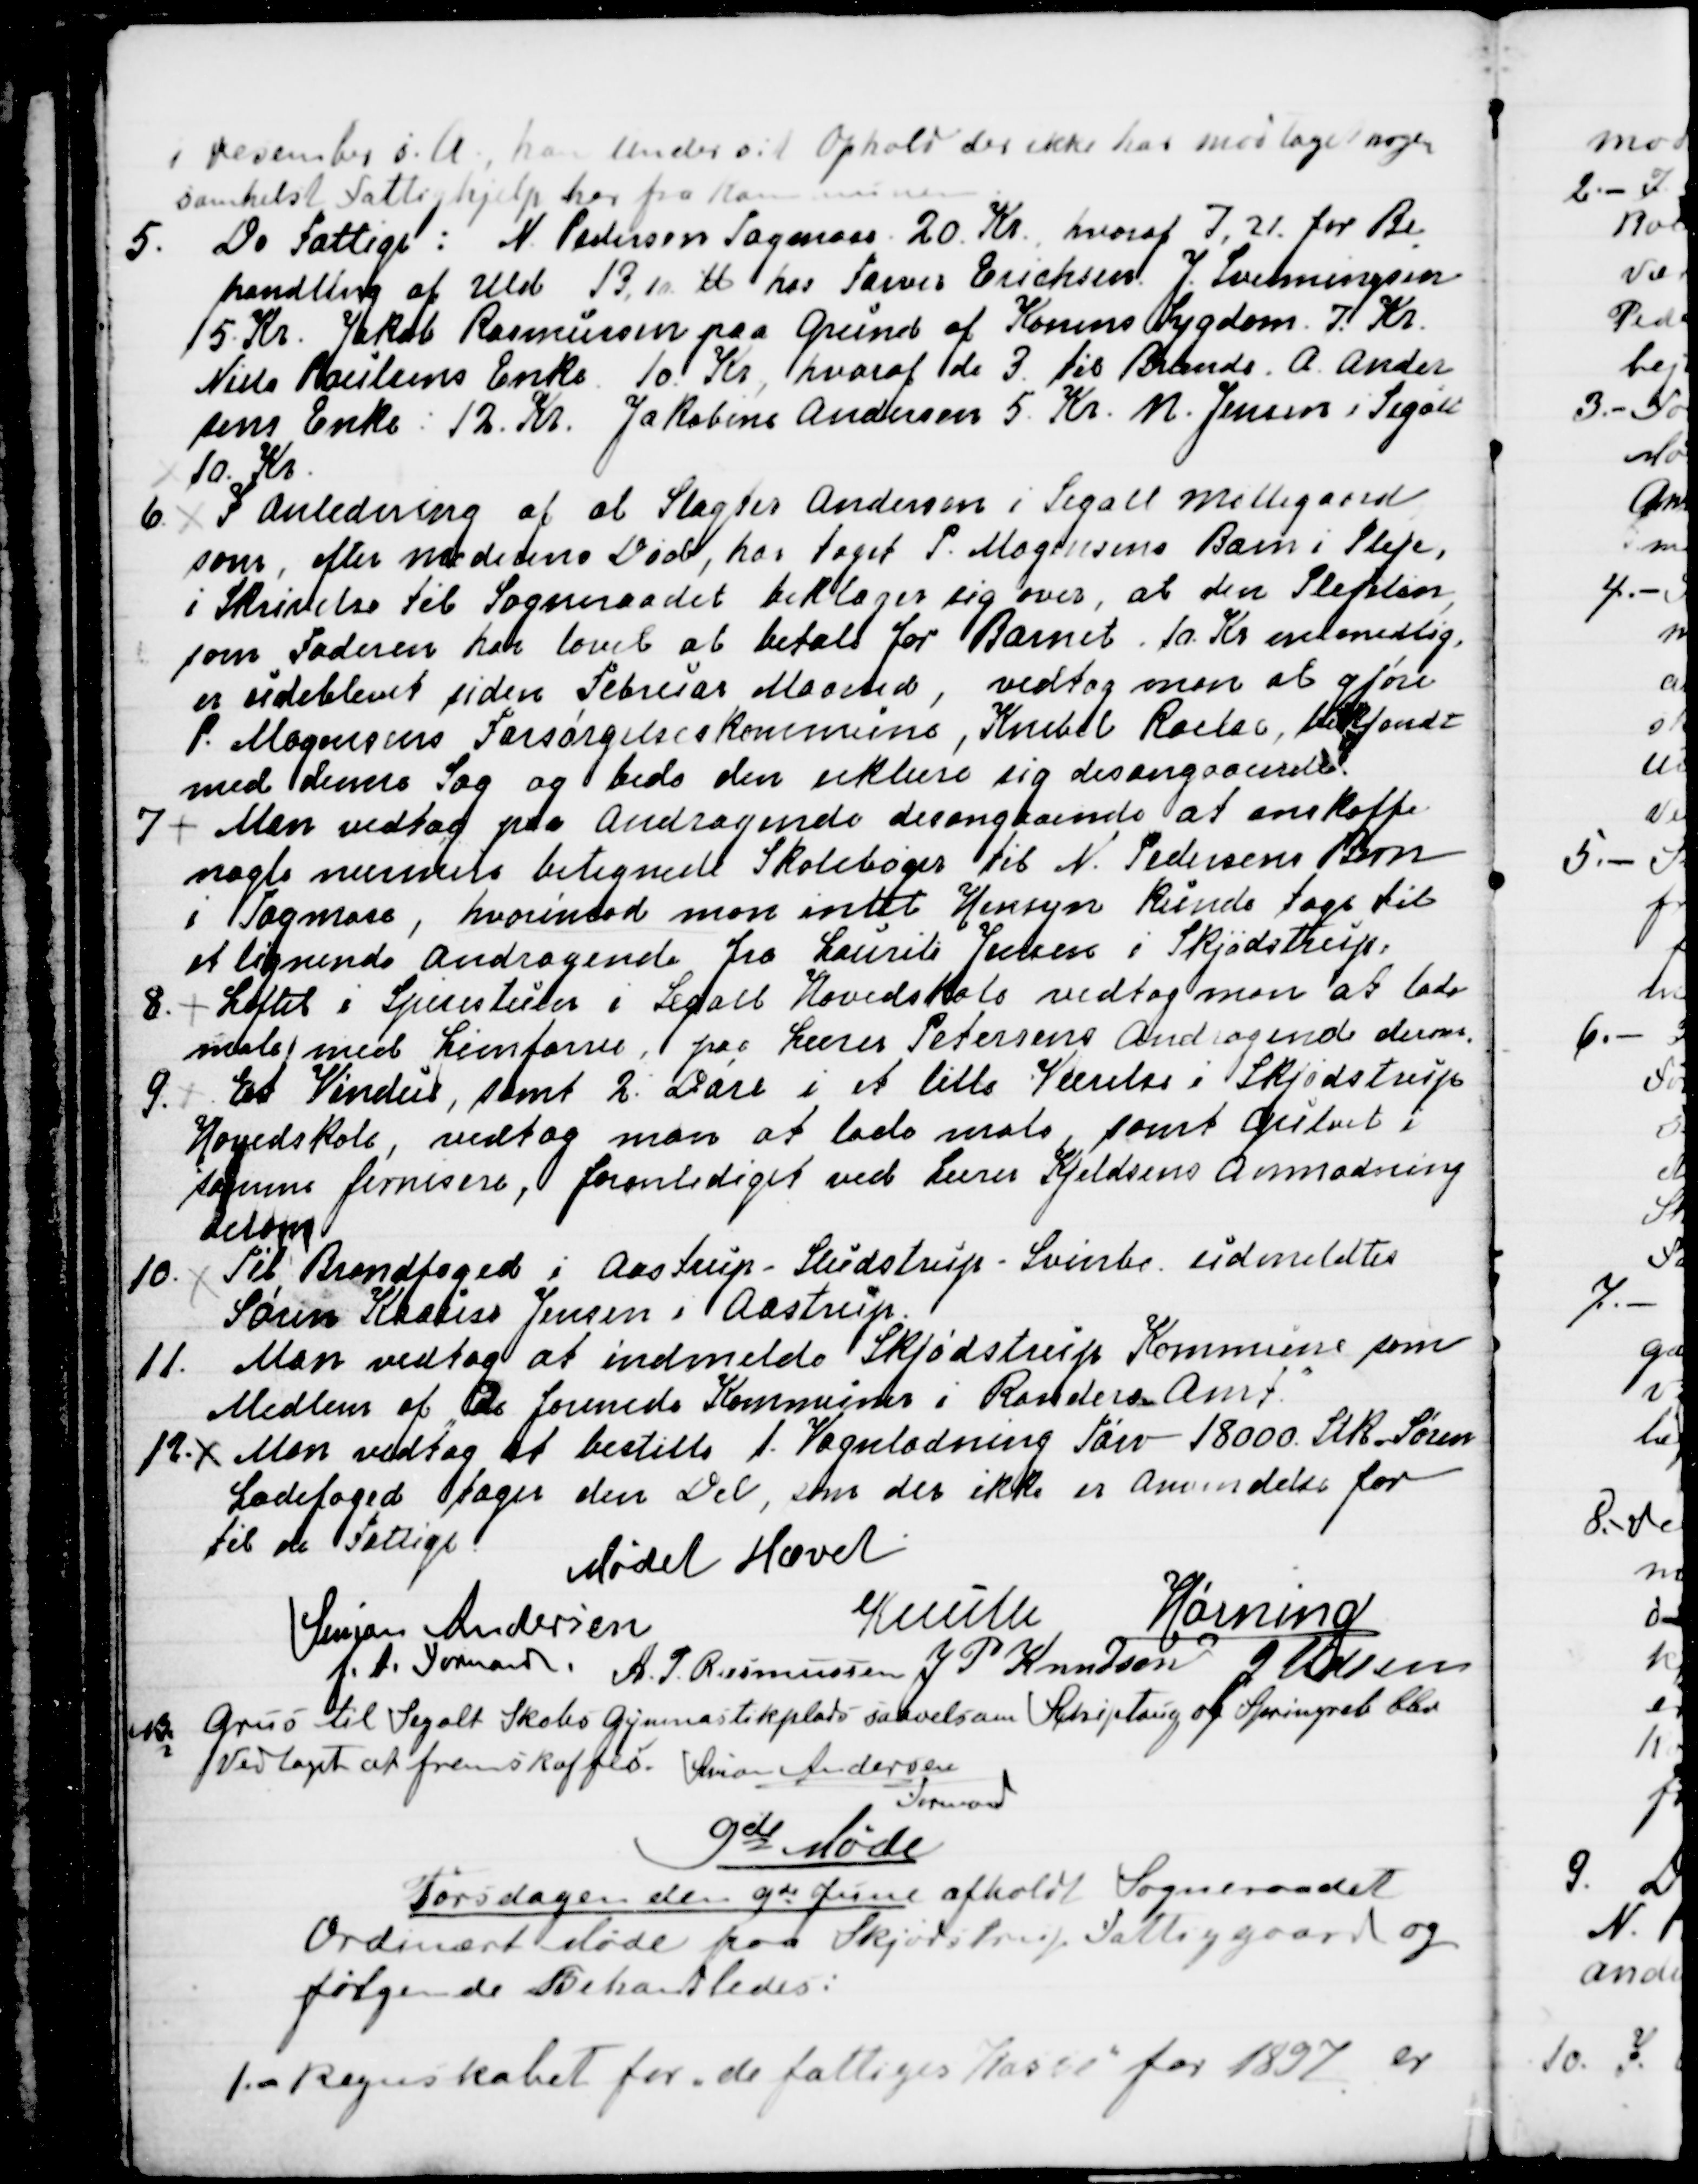
Transskription:
i Desember s. A., han under sit Ophold der ikke har modtaget nogen
somhelst Fattighjælp her fra Kommunen.
5. De Fattige: N. Pedersen Tagmose 20. Kr., hvoraf 7,21 for Be
-
handling af Uld 13,10 ℔ hos Farver Erichsen. J. Svenningsen
5. Kr. Jakob Rasmussen paa Grund af Konens Sygdom 7. Kr.
Niels Poulsens Enke 10. Kr, hvoraf de 3. til Brænde.  A. Ander
=
sens Enke: 12. Kr. Jakobine Andersen 5, Kr. N. Jensen i Segalt
10, Kr.
6. I Anledning af at Slagter Andersen i Segalt Møllegaard
som, efter Moderens Død, har taget P. Mogensens Barn i Pleje,
i Skrivelse til Sogneraadet beklager sig over, at den Plejeløn,
som Faderen har lovet at betale for Barnet . 10. Kr maanedlig,
er udeblevet siden Februar Maaned, vedtog man at gjøre
P. Mogensens Forsørgelseskommune, Knebel  Roelsø, bekjendt
med denne Sag og bede den erklære sig desangaaende.
7
Man vedtog paa Andragende desangaaende at anskaffe
nogle nærmere betegnede Skolebøger til N. Pedersens Børn
i Tagmose, hvorimod man intet Hensyn kunde tage til
et lignende Andragende fra Laurits Jensen i Skjødstrup.
8. 
Loftet i Spisestuen i Segalt Hovedskole vedtog man at lade
male med Limfarve, paa Lærer Petersens Andragende derom.
9. 
Et Vindue, samt 2. Døre i et lille Værelse i Skjødstrup
Hovedskole, vedtog man at lade male, samt Gulvet i
samme fernisere, foranlediget ved Lærer Kjeldsens Anmodning
derom
10. 
Til Brandfoged i Aastrup - Studstrup - Svinbo udmeldtes
Søren Krause Jensen i Aastrup.
11. Man vedtog at indmelde Skjødstrup Kommune som
Medlem af "De forenede Kommuner i Randers Amt."
12. 
Man vedtog at bestille 1. Vognladning Tørv - 18000 Stk. Søren
Ladefoged tager den Del, som der ikke er Anvendelse for
til de Fattige.
Mødet Hævet
Simon Andersen
f. t. Formand.
Knuth
Hørning
A. P. Rasmussen
J P Knudsen
J Udsen
Grus til Segalt Skoles Gymnastikplads saavelsom Schiptaug og Springreb blev
Vedtaget at fremskaffe. 
 Simon Andersen
Formand
9deMøde
Torsdagen den 9de Juni afholdt Sogneraadet
Ordinært Møde paa Skjødstrup Fattiggaard og
følgende Behandledes:
1. - Regnskabet for de fattiges Kasse for 1897 er